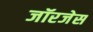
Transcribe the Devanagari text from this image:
जॉरजेस